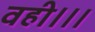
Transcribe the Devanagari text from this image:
वही।।।